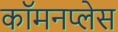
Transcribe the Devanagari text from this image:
कॉमनप्लेस